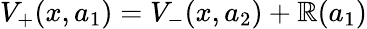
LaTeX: V_{+}(x,a_{1})=V_{-}(x,a_{2})+\mathbb{R}(a_{1})